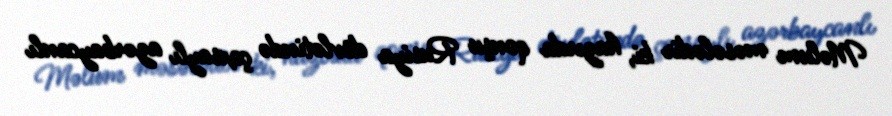
Məlum məsələdir ki, hazırda qonşu Rusiya dövlətində çoxsaylı azərbaycanlı